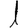
Digit: 1